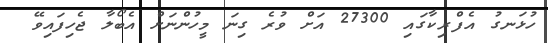
ހުޅަނގު އެފްރިކާގައި 27300 އަށް ވުރެ ގިނަ މީހުންނަށް އެބޯލާ ޖެހިފައިވޭ